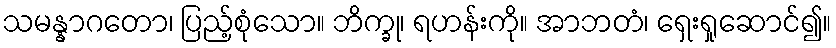
သမန္နာဂတော၊ ပြည့်စုံသော။ ဘိက္ခု၊ ရဟန်းကို။ အာဘတံ၊ ရှေးရှုဆောင်၍။